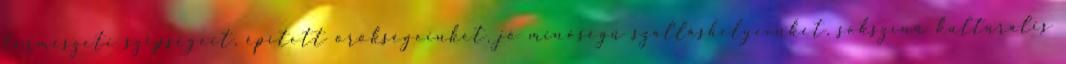
természeti szépségeit, épített örökségeinket, jó minőségű szálláshelyeinket, sokszínű kulturális